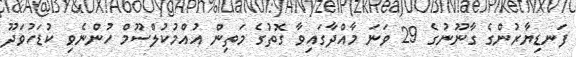
ފަނޑިޔާރުންގެ ގާނޫނުގެ 29 ވަނަ މާއްދާގައިވާ ގޮތުގެ މަތިން އުއްމުކުލްސޫމް ހުންނެވި ކުޑަހުވަދޫ